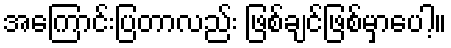
အကြောင်းပြတာလည်း ဖြစ်ချင်ဖြစ်မှာပေါ့။